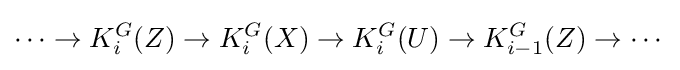
\cdots \to K_{i}^{G}(Z)\to K_{i}^{G}(X)\to K_{i}^{G}(U)\to K_{i-1}^{G}(Z)\to \cdots